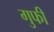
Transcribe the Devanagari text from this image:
गुफी